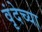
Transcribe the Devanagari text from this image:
वृंदेच्या